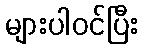
များပါဝင်ပြီး